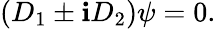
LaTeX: \left(D_{1}\pm\mathbf{i}D_{2}\right)\psi=0.